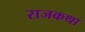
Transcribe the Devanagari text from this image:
राजकथा